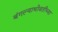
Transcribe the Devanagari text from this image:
बंगल्याभोवतीच्या